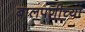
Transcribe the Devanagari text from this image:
बालपणीच्या